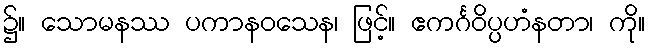
၌။ သောမနဿ ပကာနဝသေန၊ ဖြင့်။ ဧကင်္ဂဝိပ္ပဟံနတာ၊ ကို။